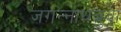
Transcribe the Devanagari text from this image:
जगन्‍नाथबुवा